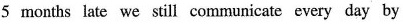
5 months late we still communicate every day by